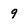
Character: 9